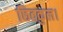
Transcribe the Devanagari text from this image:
छितकुल।